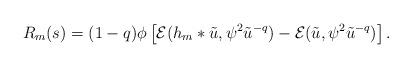
LaTeX: \begin{align*}R_{m}(s) = (1-q)\phi\left[ \mathcal{E}(h_{m}*\tilde{u},\psi^{2}\tilde{u}^{-q})- \mathcal{E}(\tilde{u},\psi^{2}\tilde{u}^{-q}) \right].\end{align*}